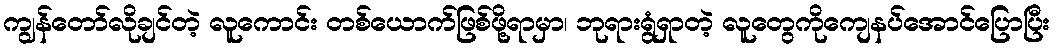
ကျွန်တော်လိုချင်တဲ့ လူကောင်း တစ်ယောက်ဖြစ်ဖို့ရာမှာ၊ ဘုရားရွံရှာတဲ့ လူတွေကိုကျေနပ်အောင်ပြောပြီး